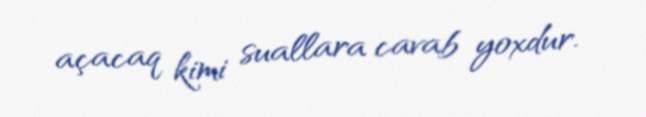
açacaq kimi suallara cavab yoxdur.